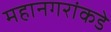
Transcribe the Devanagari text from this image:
महानगरांकडे